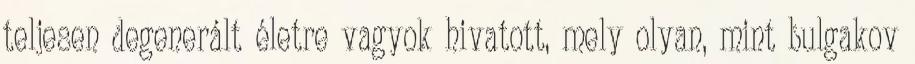
teljesen degenerált életre vagyok hivatott, mely olyan, mint bulgakov